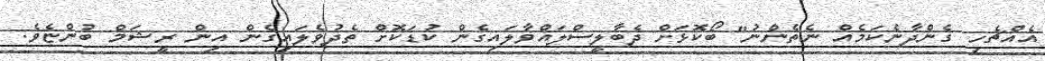
އެއްޗެހި ގެންދާނެކަމެއް ނެތެންނު" ބޯކޮޅަށް ދެބާލީސްލައްވާލައިގެން ކުޑަކޮށް ތެދުވެލައިގެން އިން ރީޝަމް ބުންޏެވެ.